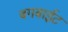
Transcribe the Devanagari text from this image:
बगबाईट